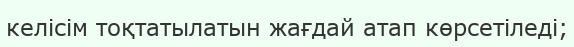
келісім тоқтатылатын жағдай атап көрсетіледі;